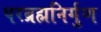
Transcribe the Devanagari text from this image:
परब्रह्मनिर्गुण